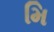
મિ